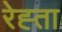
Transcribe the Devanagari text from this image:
रेह्ता